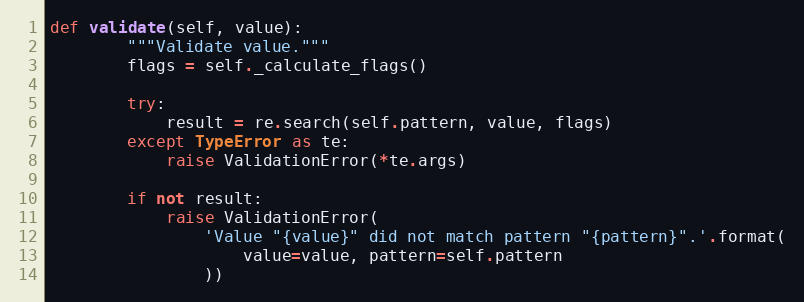
Language: Python
def validate(self, value):
        """Validate value."""
        flags = self._calculate_flags()

        try:
            result = re.search(self.pattern, value, flags)
        except TypeError as te:
            raise ValidationError(*te.args)

        if not result:
            raise ValidationError(
                'Value "{value}" did not match pattern "{pattern}".'.format(
                    value=value, pattern=self.pattern
                ))